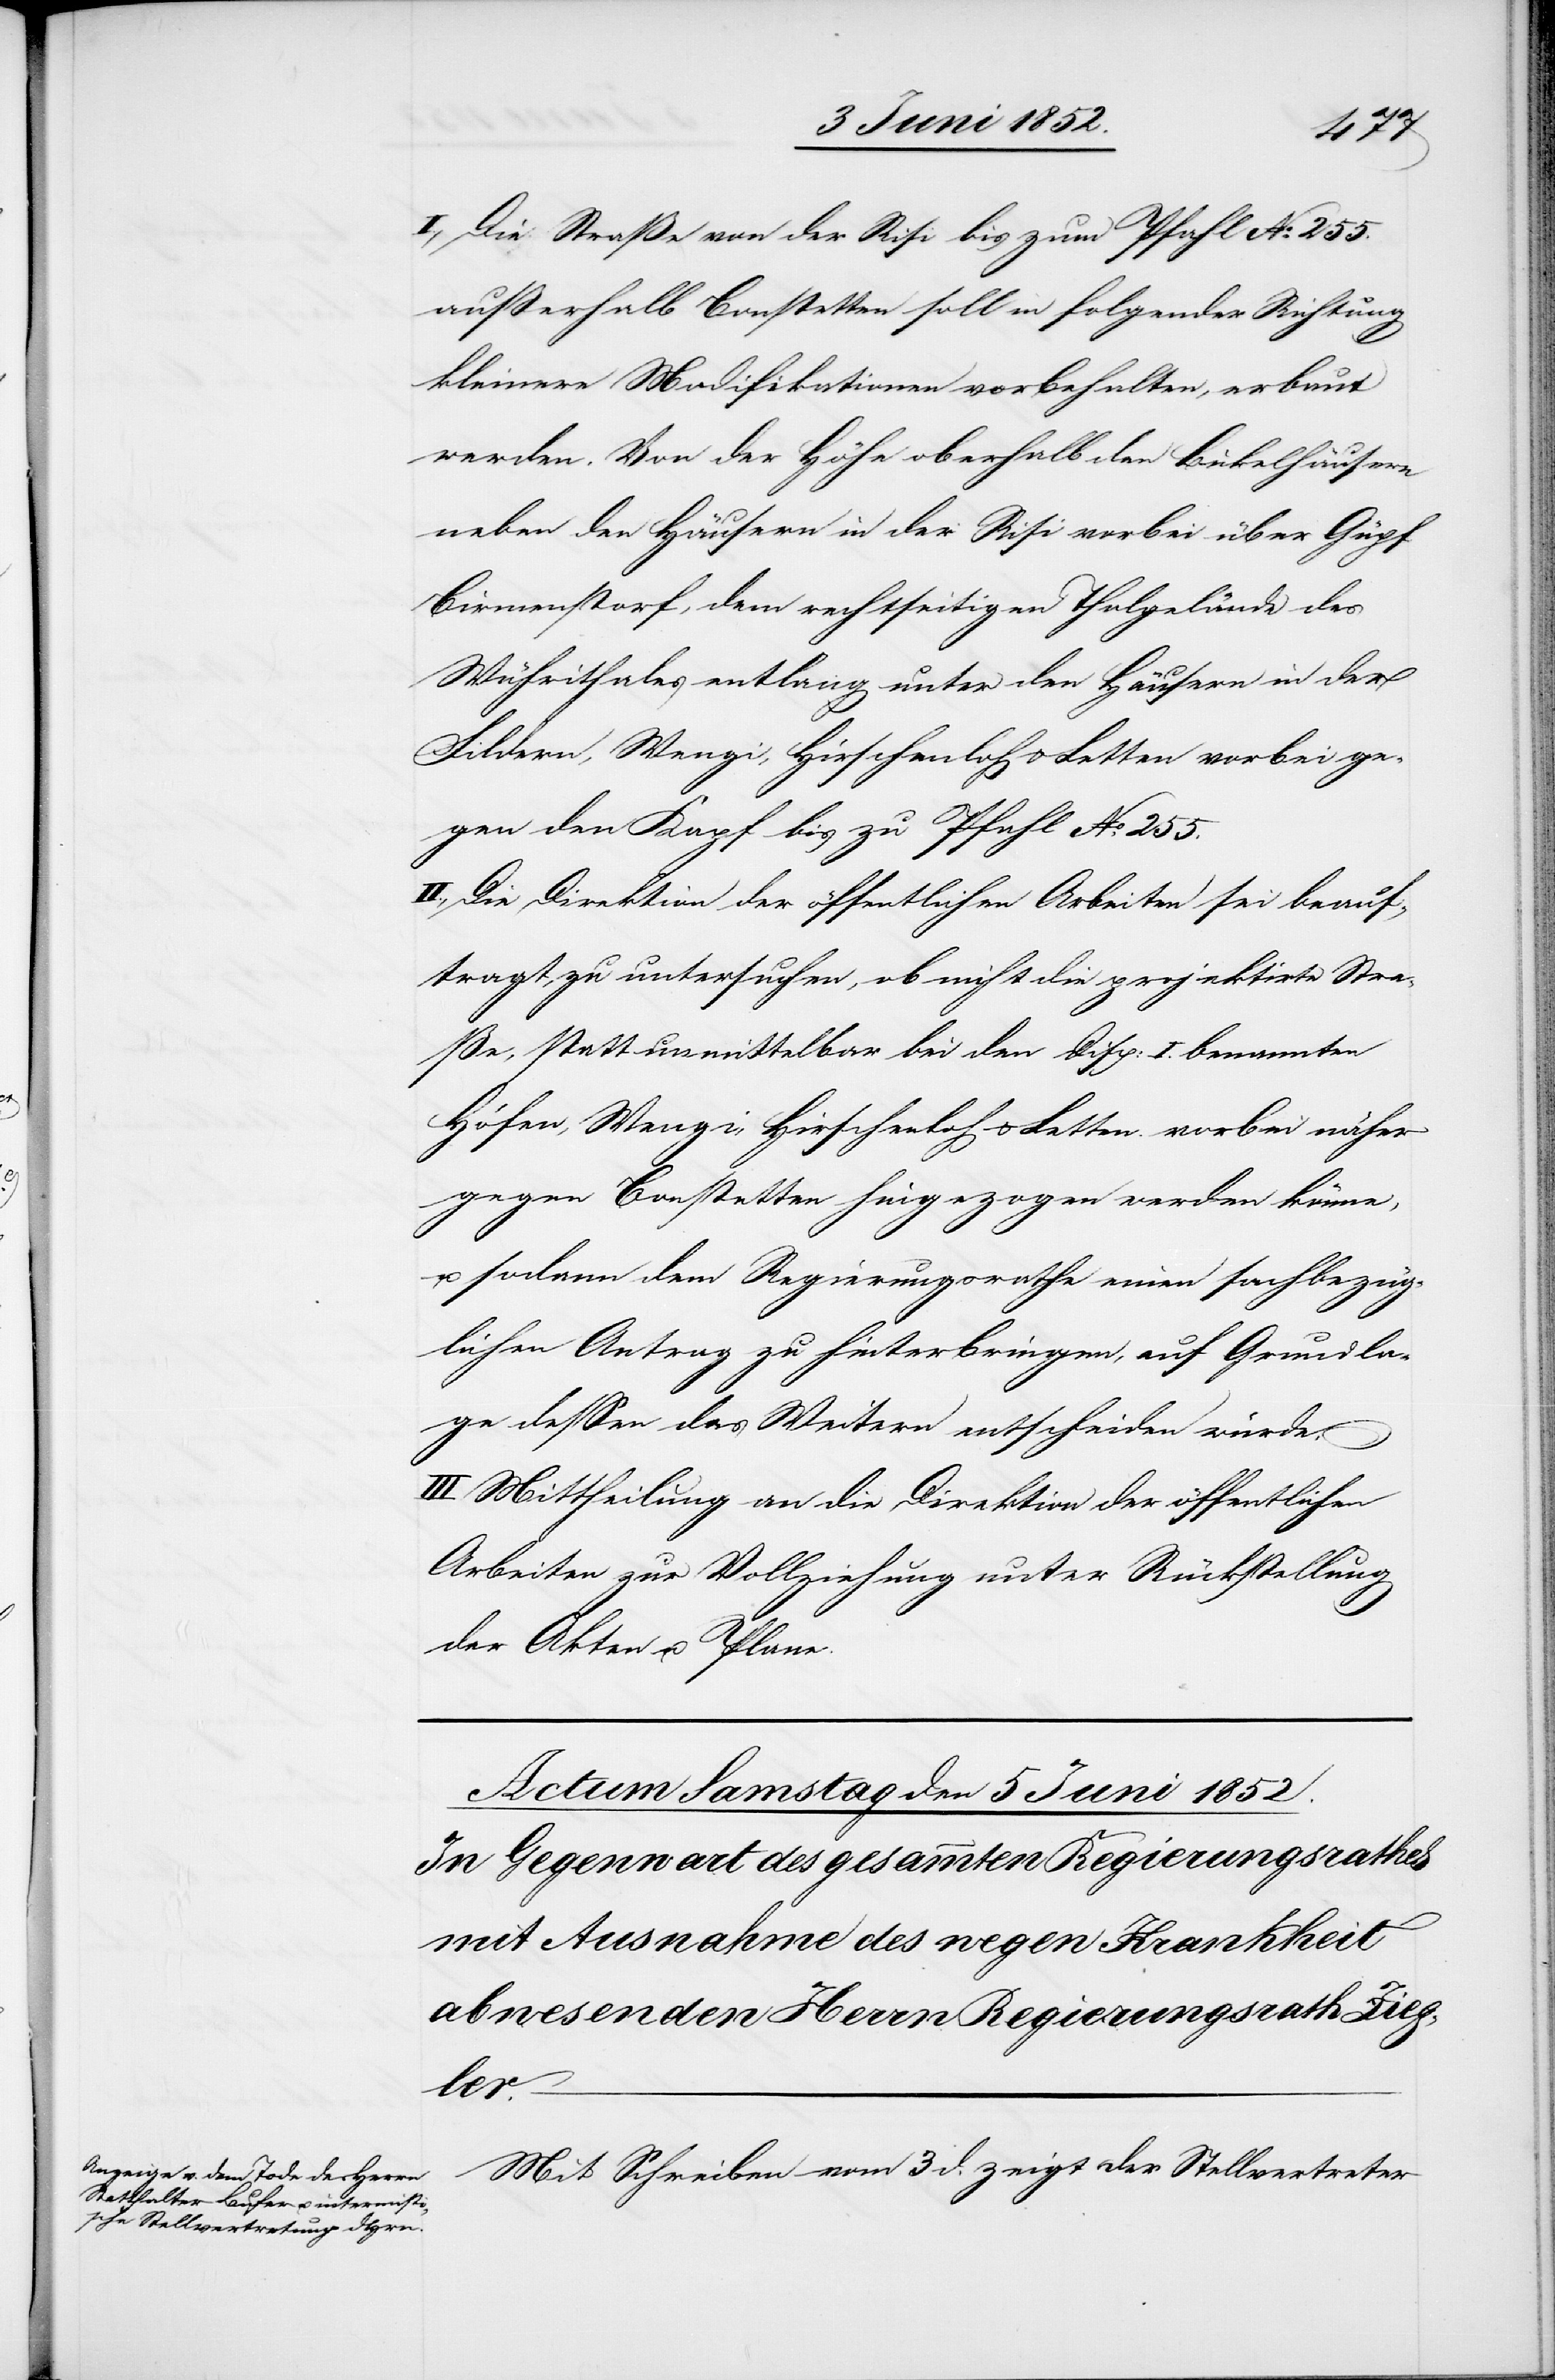
I., Die Straße von der Risi bis zum Pfahl No. 255.
ausserhalb Bonstetten soll in folgender Richtung
kleinere Modifikationen vorbehalten, erbaut
werden. Von der Höhe oberhalb den Bickelhäusern
neben den Häusern in der Risi vorbei über Güpf
Birmenstorf, dem rechtseitigen Thalgelände des
Wührithales entlang unter den Häusern in der
Fildern, Wengi, Hirschenloh & Letten vorbei ge¬
gen den Kapf bis zu Pfahl No. 255.
II., Die Direktion der öffentlichen Arbeiten sei beauf¬
tragt, zu untersuchen, ob nicht die projektirte Stra¬
ße, statt unmittelbar bei den Disp: I. benannten
Höfen, Wengi, Hirschenloh & Letten vorbei näher
gegen Bonstetten hingezogen werden könne,
u. sodann dem Regierungsrathe einen sachbezüg¬
lichen Antrag zu hinterbringen, auf Grundla¬
ge dessen das Weitern entscheiden würde.
III. Mittheilung an die Direktion der öffentlichen
Arbeiten zur Vollziehung unter Rückstellung
der Akten u. Plane.
Mit Schreiben vom 3 d. zeigt der Stellvertreter